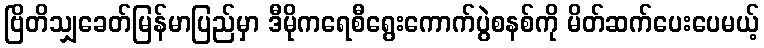
ဗြိတိသျှခေတ်မြန်မာပြည်မှာ ဒီမိုကရေစီရွေးကောက်ပွဲစနစ်ကို မိတ်ဆက်ပေးပေမယ့်